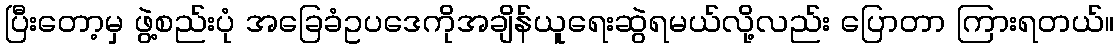
ပြီးတော့မှ ဖွဲ့စည်းပုံ အခြေခံဥပဒေကိုအချိန်ယူရေးဆွဲရမယ်လို့လည်း ပြောတာ ကြားရတယ်။